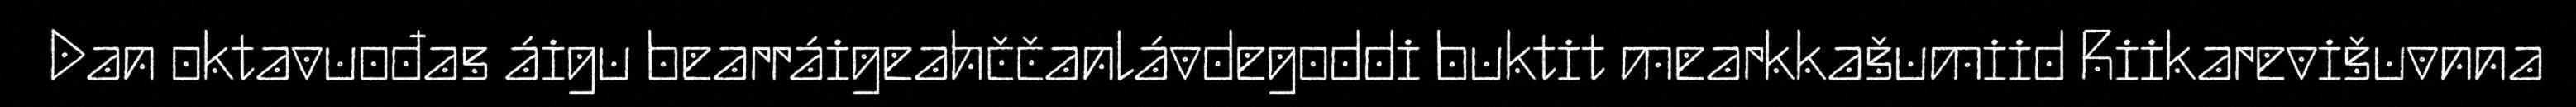
Dan oktavuođas áigu bearráigeahččanlávdegoddi buktit mearkkašumiid Riikarevišuvnna